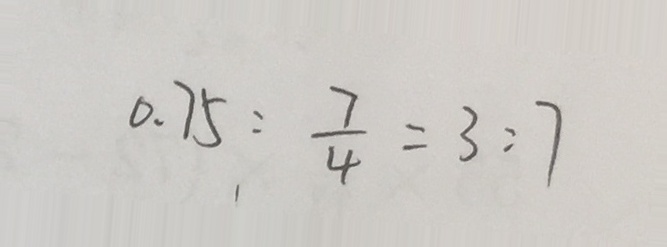
0 . 7 5 : \frac { 7 } { 4 } = 3 : 7